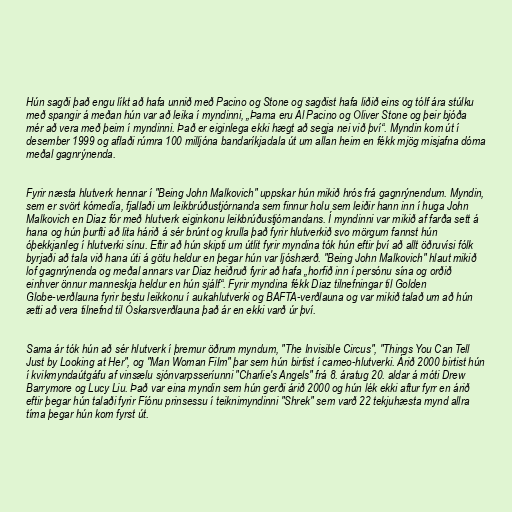
Hún sagði það engu líkt að hafa unnið með Pacino og Stone og sagðist hafa liðið eins og tólf ára stúlku
með spangir á meðan hún var að leika í myndinni, „Þarna eru Al Pacino og Oliver Stone og þeir bjóða
mér að vera með þeim í myndinni. Það er eiginlega ekki hægt að segja nei við því“. Myndin kom út í
desember 1999 og aflaði rúmra 100 milljóna bandaríkjadala út um allan heim en fékk mjög misjafna dóma
meðal gagnrýnenda.

Fyrir næsta hlutverk hennar í "Being John Malkovich" uppskar hún mikið hrós frá gagnrýnendum. Myndin,
sem er svört kómedía, fjallaði um leikbrúðustjórnanda sem finnur holu sem leiðir hann inn í huga John
Malkovich en Diaz fór með hlutverk eiginkonu leikbrúðustjórnandans. Í myndinni var mikið af farða sett á
hana og hún þurfti að lita hárið á sér brúnt og krulla það fyrir hlutverkið svo mörgum fannst hún
óþekkjanleg í hlutverki sínu. Eftir að hún skipti um útlit fyrir myndina tók hún eftir því að allt öðruvísi fólk
byrjaði að tala við hana úti á götu heldur en þegar hún var ljóshærð. "Being John Malkovich" hlaut mikið
lof gagnrýnenda og meðal annars var Diaz heiðruð fyrir að hafa „horfið inn í persónu sína og orðið
einhver önnur manneskja heldur en hún sjálf“. Fyrir myndina fékk Diaz tilnefningar til Golden
Globe-verðlauna fyrir bestu leikkonu í aukahlutverki og BAFTA-verðlauna og var mikið talað um að hún
ætti að vera tilnefnd til Óskarsverðlauna það ár en ekki varð úr því.

Sama ár tók hún að sér hlutverk í þremur öðrum myndum, "The Invisible Circus", "Things You Can Tell
Just by Looking at Her", og "Man Woman Film" þar sem hún birtist í cameo-hlutverki. Árið 2000 birtist hún
í kvikmyndaútgáfu af vinsælu sjónvarpsseríunni "Charlie's Angels" frá 8. áratug 20. aldar á móti Drew
Barrymore og Lucy Liu. Það var eina myndin sem hún gerði árið 2000 og hún lék ekki aftur fyrr en árið
eftir þegar hún talaði fyrir Fíónu prinsessu í teiknimyndinni "Shrek" sem varð 22 tekjuhæsta mynd allra
tíma þegar hún kom fyrst út.